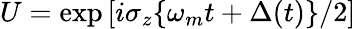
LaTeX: U=\exp\left[i\sigma_{z}\{ \omega_{m}t+\Delta(t)\} /2\right]